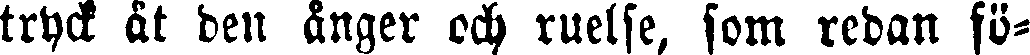
tryck åt den ånger och ruelse, som redan fö-